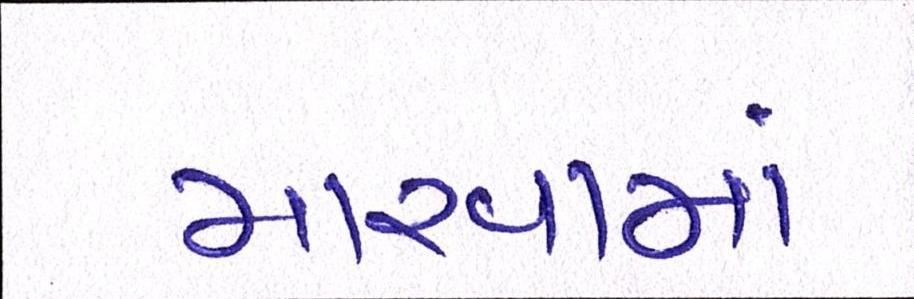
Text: મારવામાં